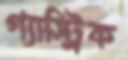
গ্যাস্ট্রিক